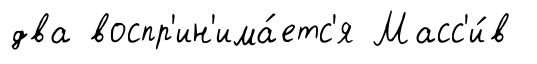
два воспр'ин'има́етс'я Масс'и́в